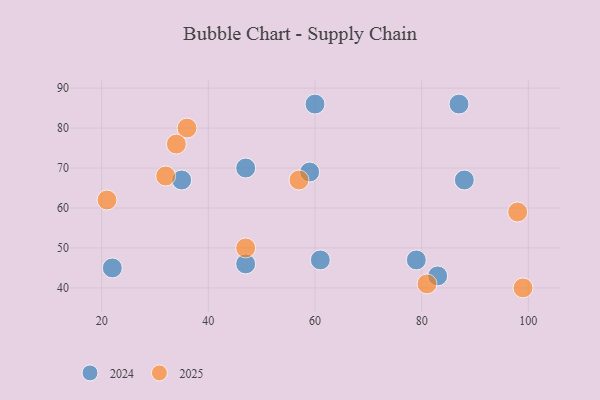
{"axis": {"x": "GDP", "y": "Life Expectancy"}, "legend": ["2024", "2025"], "data": [{"x": "47", "y": 46, "type": "2024"}, {"x": "59", "y": 69, "type": "2024"}, {"x": "61", "y": 47, "type": "2024"}, {"x": "60", "y": 86, "type": "2024"}, {"x": "79", "y": 47, "type": "2024"}, {"x": "83", "y": 43, "type": "2024"}, {"x": "22", "y": 45, "type": "2024"}, {"x": "47", "y": 70, "type": "2024"}, {"x": "35", "y": 67, "type": "2024"}, {"x": "88", "y": 67, "type": "2024"}, {"x": "87", "y": 86, "type": "2024"}, {"x": "36", "y": 80, "type": "2025"}, {"x": "21", "y": 62, "type": "2025"}, {"x": "34", "y": 76, "type": "2025"}, {"x": "81", "y": 41, "type": "2025"}, {"x": "32", "y": 68, "type": "2025"}, {"x": "57", "y": 67, "type": "2025"}, {"x": "47", "y": 50, "type": "2025"}, {"x": "98", "y": 59, "type": "2025"}, {"x": "99", "y": 40, "type": "2025"}]}